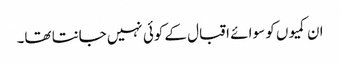
ان کمیوں کو سوا ئے اقبال کے کوئی نہیں جانتا تھا۔